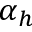
\alpha _ { h }